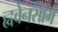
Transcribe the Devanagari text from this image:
ह्ववेनसांग